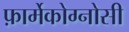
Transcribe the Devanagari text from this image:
फ़ार्मेकोग्नोसी